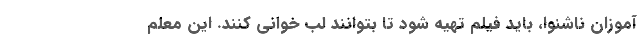
آموزان ناشنوا، باید فیلم تهیه شود تا بتوانند لب خوانی کنند. این معلم